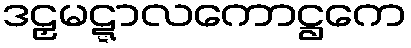
ဒဠှမဋ္ဋာလကောဋ္ဌကေ